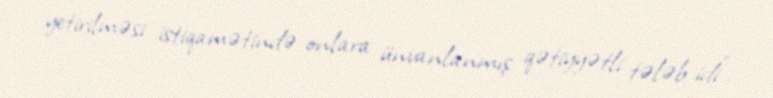
yetirilməsi istiqamətində onlara ünvanlanmış qətiyyətli tələb idi”.